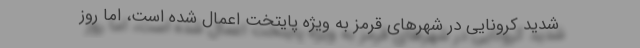
شدید کرونایی در شهر‌های قرمز به ویژه پایتخت اعمال شده است، اما روز